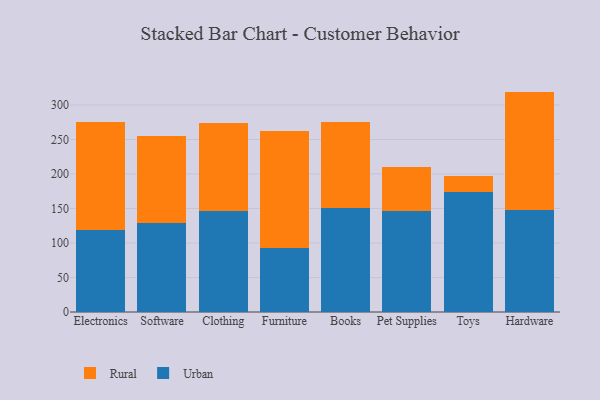
{"axis": {"x": "Category", "y": "Humidity (%)"}, "legend": ["Rural", "Urban"], "data": [{"x": "Electronics", "y": 118.2, "type": "Urban"}, {"x": "Electronics", "y": 156.5, "type": "Rural"}, {"x": "Software", "y": 128.7, "type": "Urban"}, {"x": "Software", "y": 126.4, "type": "Rural"}, {"x": "Clothing", "y": 145.8, "type": "Urban"}, {"x": "Clothing", "y": 127.5, "type": "Rural"}, {"x": "Furniture", "y": 92.7, "type": "Urban"}, {"x": "Furniture", "y": 169.4, "type": "Rural"}, {"x": "Books", "y": 151.0, "type": "Urban"}, {"x": "Books", "y": 124.8, "type": "Rural"}, {"x": "Pet Supplies", "y": 146.7, "type": "Urban"}, {"x": "Pet Supplies", "y": 63.1, "type": "Rural"}, {"x": "Toys", "y": 173.3, "type": "Urban"}, {"x": "Toys", "y": 23.2, "type": "Rural"}, {"x": "Hardware", "y": 148.4, "type": "Urban"}, {"x": "Hardware", "y": 171.0, "type": "Rural"}]}